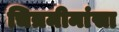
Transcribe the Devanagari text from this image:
चित्रमीमांसा